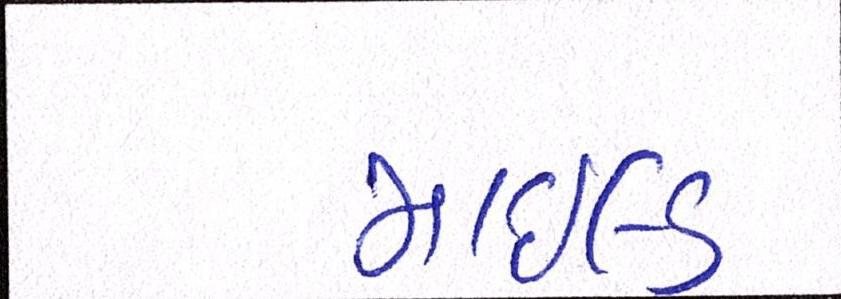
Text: માઇલ્ડ